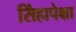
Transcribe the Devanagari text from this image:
सिंहापेक्षा